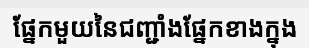
ផ្នែកមួយនៃជញ្ជាំងផ្នែកខាងក្នុង